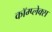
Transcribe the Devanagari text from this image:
कॉम्‍प्‍लेक्‍स